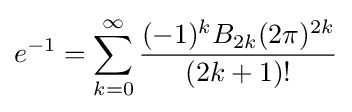
e^{-1}=\sum _{k=0}^{\infty }{\frac {(-1)^{k}B_{2k}(2\pi )^{2k}}{(2k+1)!}}